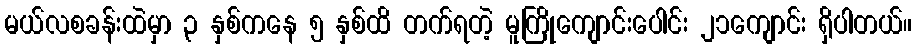
မယ်လစခန်းထဲမှာ ၃ နှစ်ကနေ ၅ နှစ်ထိ တက်ရတဲ့ မူကြိုကျောင်းပေါင်း ၂၁ကျောင်း ရှိပါတယ်။